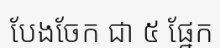
បែងចែក ជា ៥ ផ្នែក